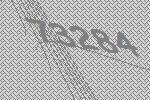
73284